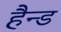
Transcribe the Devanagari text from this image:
हैन्ड